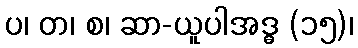
ပ၊ တ၊ စ၊ ဆာ-ယူပါအဒ္ဓ (၁၅)၊